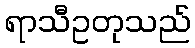
ရာသီဥတုသည်